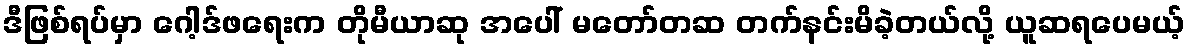
ဒီဖြစ်ရပ်မှာ ဂေါ့ဒ်ဖရေးက တိုမီယာဆု အပေါ် မတော်တဆ တက်နင်းမိခဲ့တယ်လို့ ယူဆရပေမယ့်